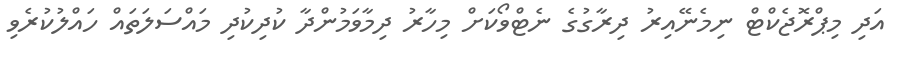
އަދި މިޕްރޮޖެކްޓް ނިމެނޭއިރު ދިރާގުގެ ނެޓްވޯކަށް މިހާރު ދިމާވަމުންދާ ކުދިކުދި މައްސަލަތައް ހައްލުކުރެވި